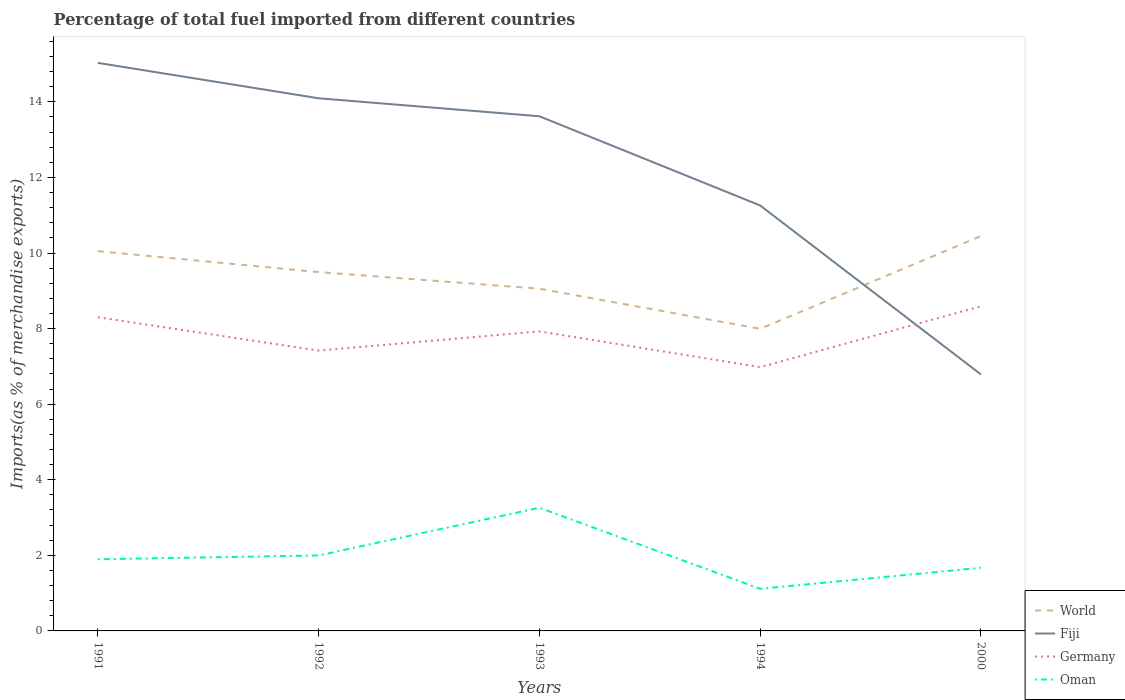
| Years | World | Fiji | Germany | Oman |
 | --- | --- | --- | --- | --- |
 | 1991 | 10 | 15 | 8.3 | 1.9 |
 | 1992 | 9.5 | 14.1 | 7.42 | 2 |
 | 1993 | 9.06 | 13.6 | 7.93 | 3.26 |
 | 1994 | 7.99 | 11.3 | 6.98 | 1.11 |
 | 2000 | 10.4 | 6.79 | 8.59 | 1.67 |